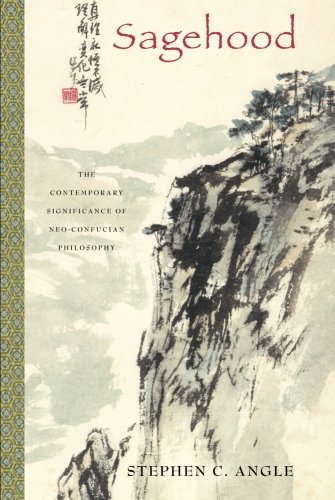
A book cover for Sagehood: The Contemporary Significance of Neo-Confucian Philosophy; Stephen C. Angle; Religion & Spirituality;